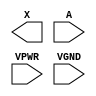
module sky130_fd_sc_hs__dlygate4sd1 (
    X   ,
    A   ,
    VPWR,
    VGND
);

    output X   ;
    input  A   ;
    input  VPWR;
    input  VGND;
endmodule